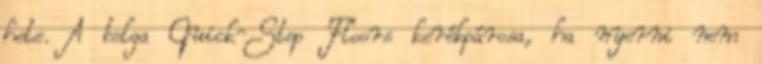
hete. A belga Quick-Step Floors kerékpárosa, ha nyerni nem